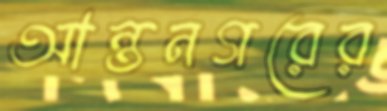
আন্তনগরের